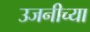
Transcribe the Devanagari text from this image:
उजनीच्या